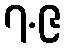
၇.၉